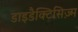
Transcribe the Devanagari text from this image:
डाइडैक्टिसिज़्म